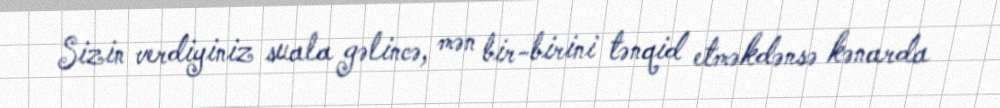
Sizin verdiyiniz suala gəlincə, mən bir-birini tənqid etməkdənsə kənarda